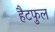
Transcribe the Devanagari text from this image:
हैटफुल